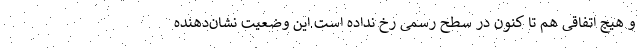
و هیج اتفاقی هم تا کنون در سطح رسمی رخ نداده است.این وضعیت نشان‌دهنده